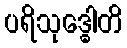
ပရိသုဒ္ဓေါတိ